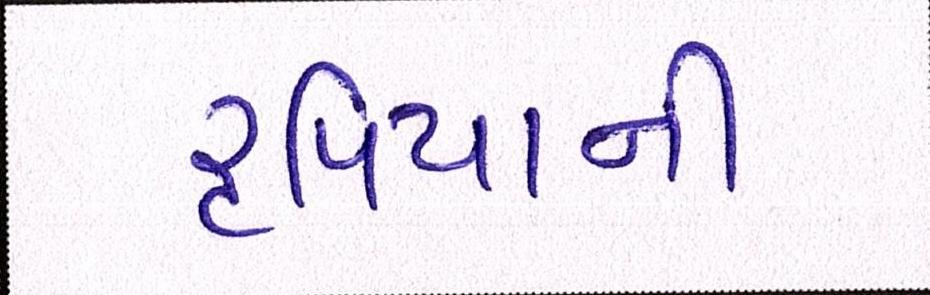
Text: રૃપિયાની